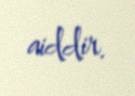
aiddir.